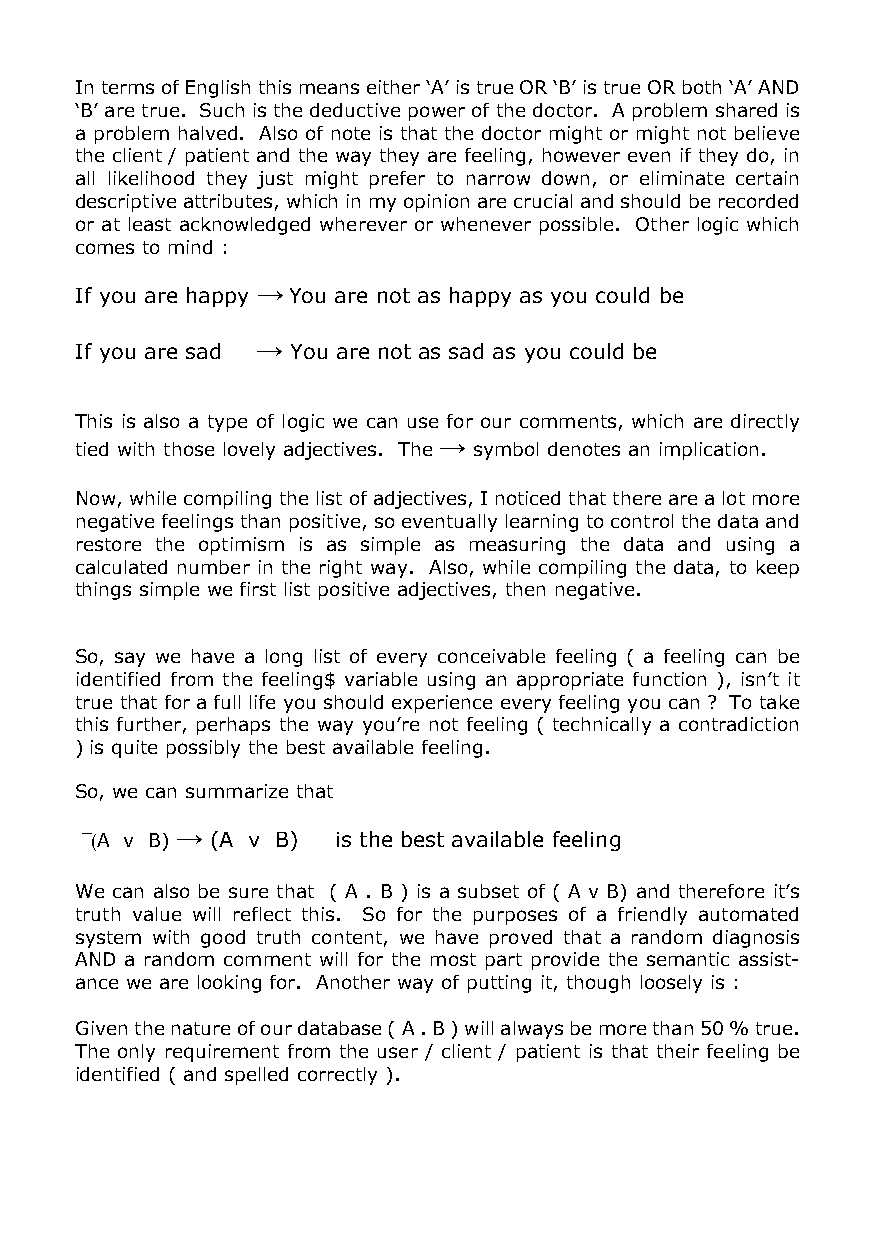
In terms of English this means either ‘A’ is true OR ‘B’ is true OR both ‘A’ AND
 ‘B’ are true. Such is the deductive power of the doctor. A problem shared is
 a problem halved. Also of note is that the doctor might or might not believe
 the client / patient and the way they are feeling, however even if they do, in
 all likelihood they just might prefer to narrow down, or eliminate certain
 descriptive attributes, which in my opinion are crucial and should be recorded
 or at least acknowledged wherever or whenever possible. Other logic which
 comes to mind :
 If you are happy →You are not as happy as you could be
 If you are sad → You are not as sad as you could be
 This is also a type of logic we can use for our comments, which are directly
 →
 tied with those lovely adjectives. The symbol denotes an implication.
 Now, while compiling the list of adjectives, I noticed that there are a lot more
 negative feelings than positive, so eventually learning to control the data and
 restore the optimism is as simple as measuring the data and using a
 calculated number in the right way. Also, while compiling the data, to keep
 things simple we first list positive adjectives, then negative.
 So, say we have a long list of every conceivable feeling ( a feeling can be
 identified from the feeling$ variable using an appropriate function ), isn’t it
 true that for a full life you should experience every feeling you can ? To take
 this further, perhaps the way you’re not feeling ( technically a contradiction
 ) is quite possibly the best available feeling.
 So, we can summarize that
 ¯(A v B) → (A v B) is the best available feeling
 We can also be sure that ( A . B ) is a subset of ( A v B) and therefore it’s
 truth value will reflect this. So for the purposes of a friendly automated
 system with good truth content, we have proved that a random diagnosis
 AND a random comment will for the most part provide the semantic assist-
 ance we are looking for. Another way of putting it, though loosely is :
 Given the nature of our database ( A . B ) will always be more than 50 % true.
 The only requirement from the user / client / patient is that their feeling be
 identified ( and spelled correctly ).